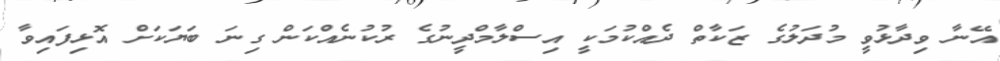
އޭނާ ވިދާޅުވީ މުދަލުގެ ޒަކާތް ދެއްކުމަކީ އިސްލާމްދީނުގެ ރުކުނެއްކަން ގިނަ ބަޔަކަށް އޮޅިފައިވާ